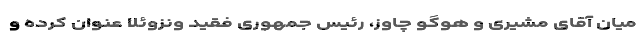
میان آقای مشیری و هوگو چاوز، رئیس جمهوری فقید ونزوئلا عنوان کرده و